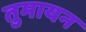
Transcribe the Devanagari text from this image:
तुमायन